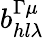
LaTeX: b_{hl\lambda}^{\Gamma\mu}